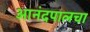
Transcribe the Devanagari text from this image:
आनंदपालचा